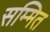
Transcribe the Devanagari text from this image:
सम्मित